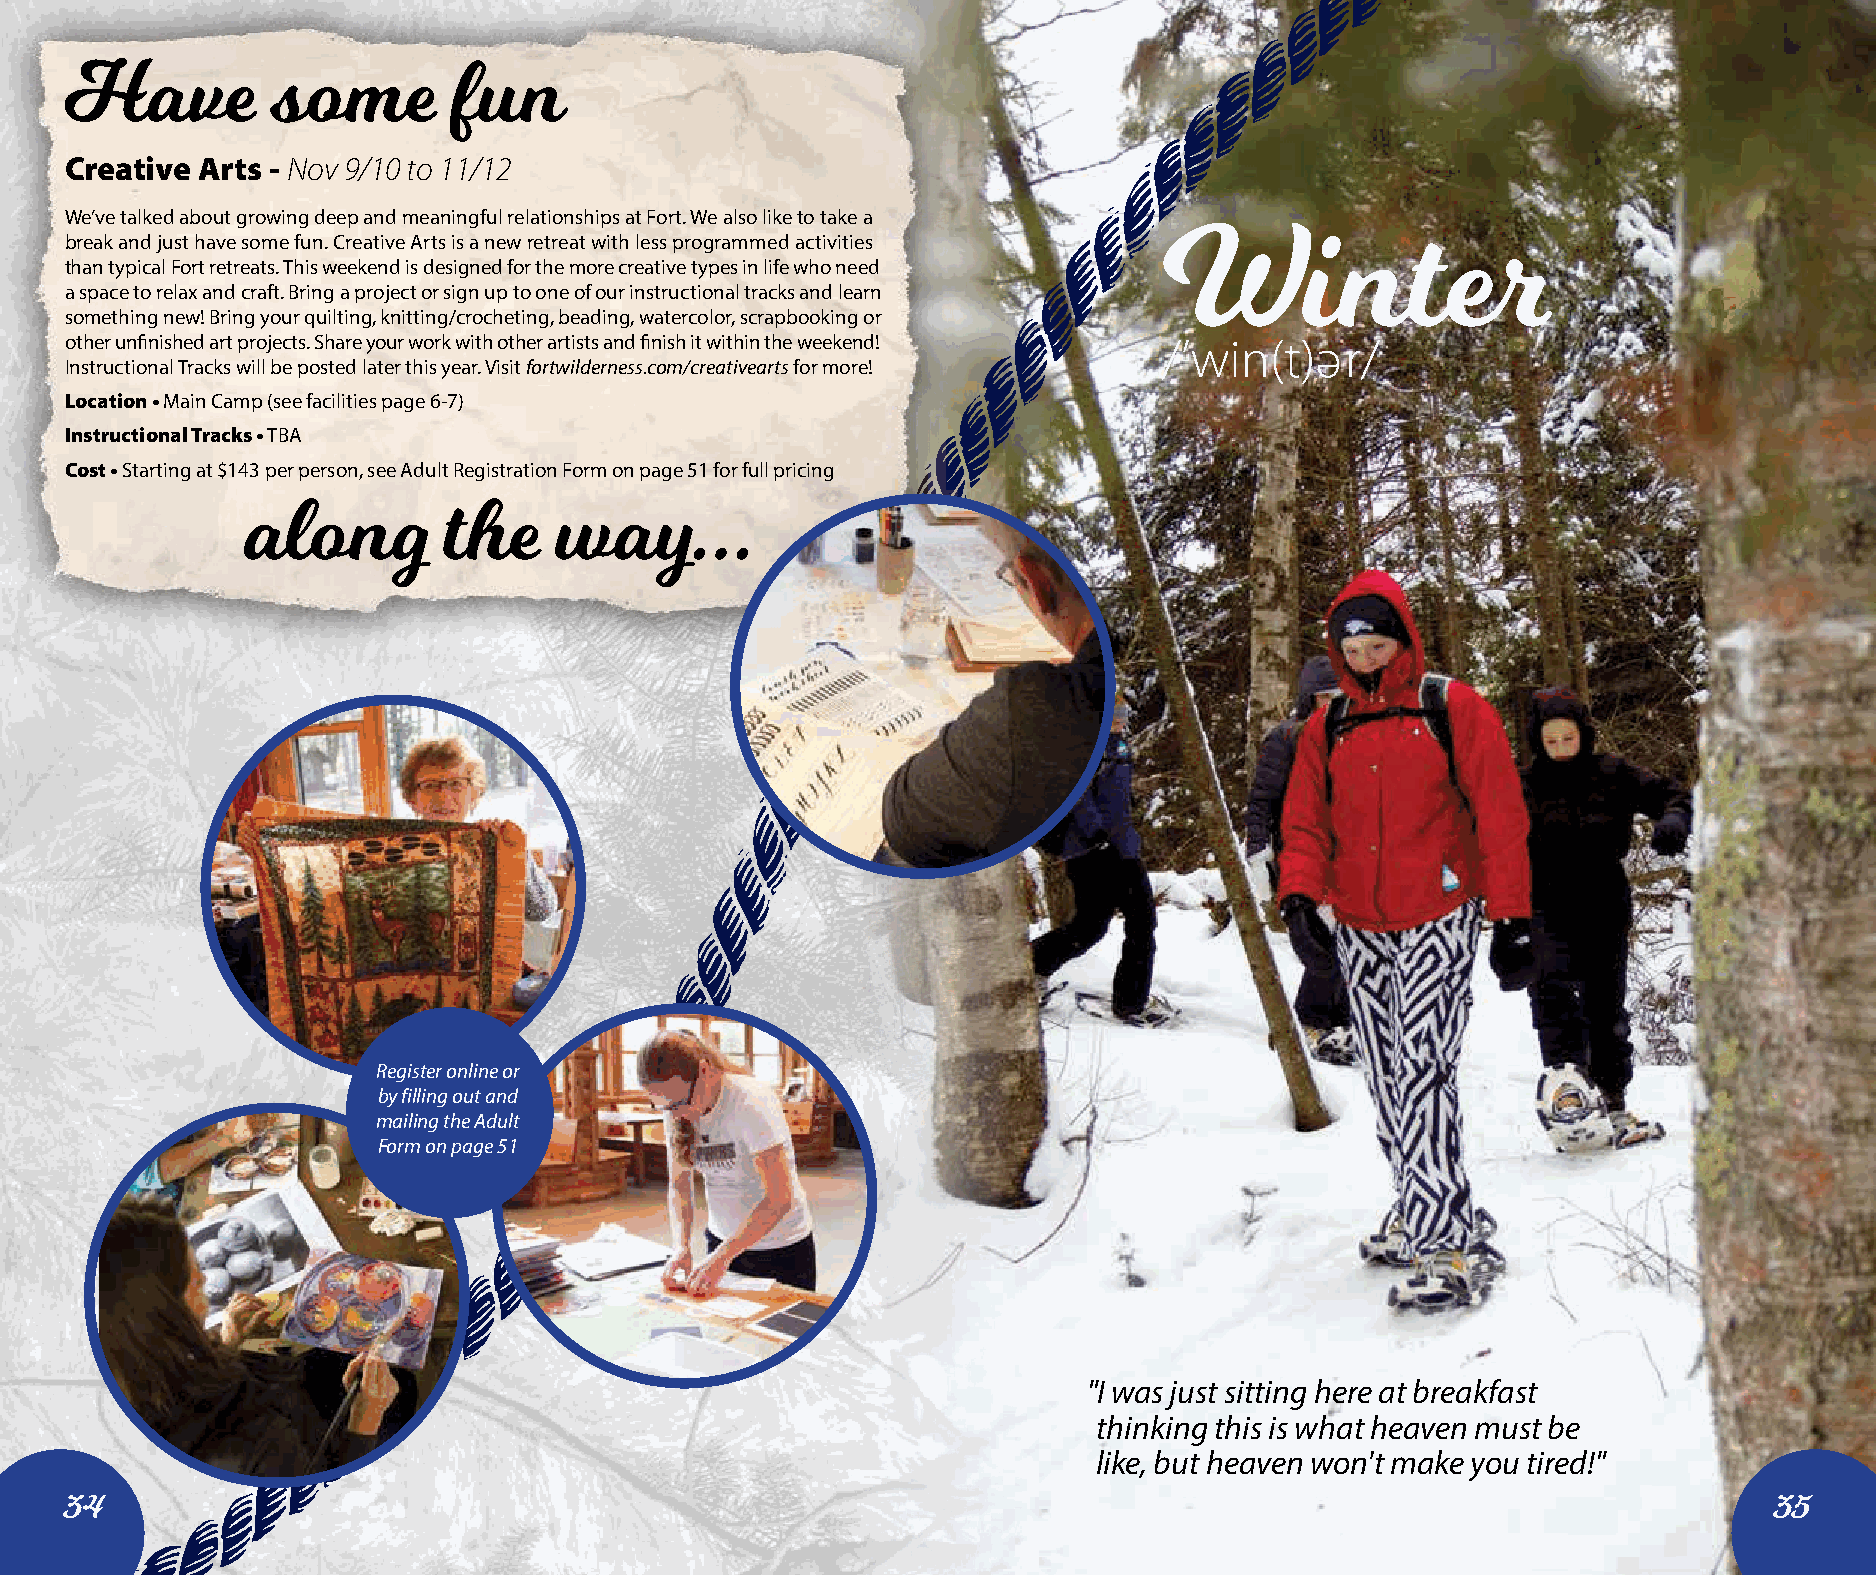
Have          some        fun
 Creative Arts - Nov 9/10 to 11/12
 We’ve talked about growing deep and meaningful relationships at Fort. We also like to take a
 break and just have some fun. Creative Arts is a new retreat with less programmed activities
 than typical Fort retreats. This weekend is designed for the more creative types in life who need Winter
 a space to relax and craft. Bring a project or sign up to one of our instructional tracks and learn
 something new! Bring your quilting, knitting/crocheting, beading, watercolor, scrapbooking or
 other unfinished art projects. Share your work with other artists and finish it within the weekend! /’win(t)ә r/
 Instructional Tracks will be posted later this year. Visit fortwilderness.com/creativearts for more!
 Location • Main Camp (see facilities page 6-7)
 Instructional Tracks • TBA
 Cost • Starting at $143 per person, see Adult Registration Form on page 51 for full pricing
 along        the     way...
 Register online or
 by filling out and
 mailing the Adult
 Form on page 51
 "I was just sitting here at breakfast
 thinking this is what heaven must be
 like, but heaven won't make you tired!"
 34                                                                                                               35